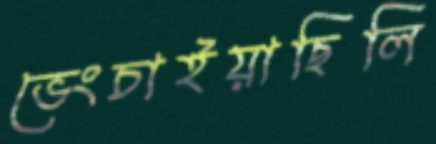
ভেংচাইয়াছিলি